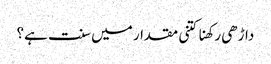
داڑھی رکھنا کتنی مقدار میں سنت ہے؟